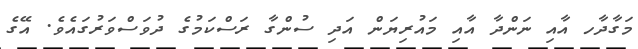
މަގާދާހ އާއި ނަންދާ އާއި މައުރިޔަން އަދި ސުންގާ ރަސްކަމުގެ ދުވަސްވަރުގައެވެ. އޭގެ